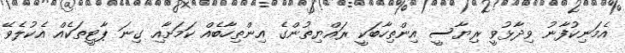
އެމަނިކުފާނު ވިދާޅުވީ ރިޔާސީ އިންތިހާބަކީ ރައްޔިތުންގެ އިންތިހާބެއް ކަމަށާއި ގިނަ ޕާޓީތަކެއް އެކުލެވޭ